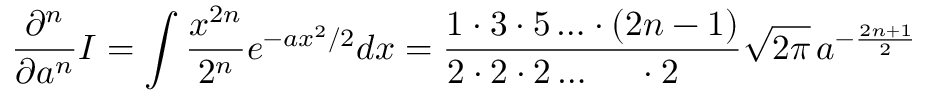
{ \frac { \partial ^ { n } } { \partial a ^ { n } } } I = \int { \frac { x ^ { 2 n } } { 2 ^ { n } } } e ^ { - a x ^ { 2 } / 2 } d x = { \frac { 1 \cdot 3 \cdot 5 \ldots \cdot ( 2 n - 1 ) } { 2 \cdot 2 \cdot 2 \ldots \; \; \; \; \; \cdot 2 \; \; \; \; \; \; } } { \sqrt { 2 \pi } } \, a ^ { - { \frac { 2 n + 1 } { 2 } } }